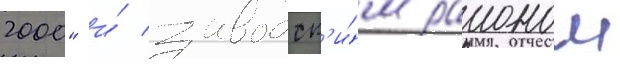
2000" и́ заводск'и́м раионом